Vaccine operations Central Provinces 1868-1885 - 1868-1885
Year: 1868
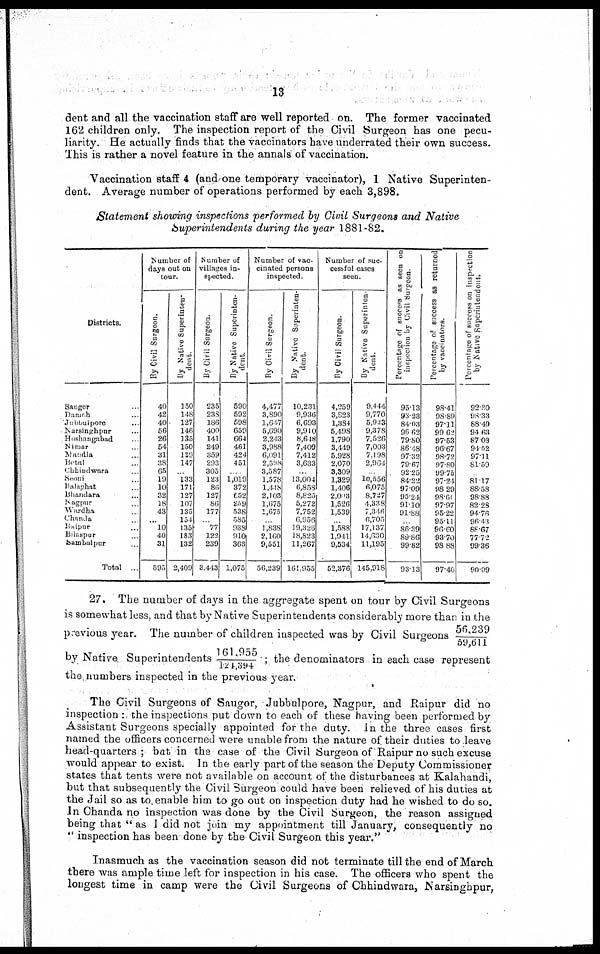
13
dent and all the vaccination staff are well reported on. The former vaccinated
162 children only. The inspection report of the Civil Surgeon has one pecu-
liarity. He actually finds that the vaccinators have underrated their own success.
This is rather a novel feature in the annals of vaccination.
Vaccination staff 4 (and one temporary vaccinator),1 Native Superinten-
dent. Average number of operations performed by each 3,898.
Statement showing inspections performed by Civil Surgeons and Native
Superintendents during the year 1881-82.
Districts.
Saugor ...
Damch ...
Jubbulpore ...
Narsinghpur ...
Hoshangabad ...
Nimar ...
Mandla ...
Bitul ...
Chhindwara ...
Seom ...
Balaghat ...
Bhandara ...
Nagpur ...
Wardha ...
Chanda ...
Raipur ...
Bilaspur ...
Sambalpur ...
Total
Number of
days out on
tour.
By Civil Surgeon.
40
42
40
56
26
54
31
38
65
19
10
32
18
43
... 10
40
31
593
By Native Superinten-
dent
150
148
127
146
]35
150
129
147
133
]71
127
107
135
154
135
183
132
2,409
Number of
villages in-
spected.
By Civil Surgeon.
235
238
186
400
141
249
359
293
305
123
86
127
86
177
... 77
122
239
3,443
By Native Superinten-
dent
590
592
598
659
664
461
424
451
1,019
372
652
259
538
585 ...
938 ...
910
363
1,075
Number of vac-
cinated persons
inspected.
By Civil Surgeon.
4,477
3,890
1,697
5,690 ...
2,213
3,988
6,091
2,398
3,587 ...
1,578
1,418
2,103
1,675
1,675 ...
...
1,838 ...
2,160 ...
9,551
56,239
By Native Superinten¬
dent.
10,231
9,936
6,693
9,910
8,648
7,409
7,412
3,633
...
13,004
6,858
8,825
5,272
7,752
6,956
19,326
18,823
11,267
161,955
Number of suc-
cessful cases
seen.
By Civil Surgeon.
4,259
3,823
1,884
5,498
1,790
3,449
5,928
2,070
3,309
1,329
1,406
2,003
1,526
1,539
.
1,588
1,941
9,534
52,376
By Native Superinten-
dent.
9,444
9,770
5,923
9,378
7,526
7,003
7,198
2,961
10,556
6,075
8,727
4,338
7,346
6,705
17,137
14,630
11,195
145,918
Percentage of success as seen on
inspection by Civil Surgeon
95.13
93.23
84.03
96.62
79.80
86.48
97.32
79.67
92.25
84.22
97.09
95.24
91.10
91.88
86.39
89.86
99.82
93.13
Percentage of success as returned
by vaccinators.
98.41
98.89
97.11
99.62
97.53
96.67
98.72
97.80
99.75
97.24
98. 29
98.60
97.97
95.22
95.11
96.60
93.70
98.88
97.40
Percentange of success on inspection
by Native
Superintendent.
92.30
98.33
88.49
94.63
87.03
94.52
97.11
81.59
81.17
88.58
98.88
82.28
94.76
96.43
88.67
77.72
99.36
90.09
27.The number of days in the aggregate spent on tour by Civil Surgeons
is somewhat less, and that by Native Superintendents considerably more than in the
56,239/59,611
previous year.The number of children inspected was by Civil Surgeons 56,239/59,611
by Native Superintendents 161,955/124,394; the denominators in each case represent
the numbers inspected in the previous year.
The Civil Surgeons of Saugor, Jubbulpore, Nagpur, and Raipur did no
inspection : the inspections put down to each of these having been performed by
Assistant Surgeons specially appointed for the duty. In the three cases first
named the officers concerned were unable from the nature of their duties to leave
head-quarters ; bat in the case of the Civil Surgeon of Raipur no such excuse
would appear to exist. In the early part of the season the Deputy Commissioner
states that tents were not available on account of the disturbances at Kalahandi,
but that subsequently the Civil Surgeon could have been relieved of his duties at
the Jail so as to enable him to go out on inspection duty had he wished to do so.
In Chanda no inspection was done by the Civil Surgeon, the reason assigned
being that " as I did not join my appointment till January, consequently no
" inspection has been done by the Civil Surgeon this year."
Inasmuch as the vaccination season did not terminate till the end of March
there was ample time left for inspection in his case. The officers who spent the
longest time in camp were the Civil Surgeons of Chhindwara, Narsinghpur,